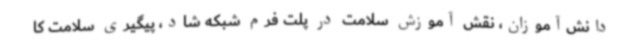
دانش‌آموزان، نقش آموزش سلامت در پلت فرم شبکه شاد، پیگیری سلامت کا